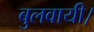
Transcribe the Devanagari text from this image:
बुलवायी।